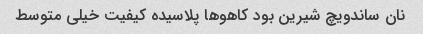
نان ساندویچ شیرین بود کاهوها پلاسیده کیفیت خیلی متوسط